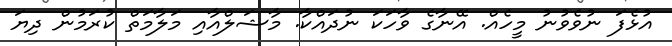
އުޅެފަ ނުވެވުނު މީހެއް. އޭނާގެ ވާހަކަ ނުދައްކާ. މާޝަލްއާއި މަލާމަތް ކުރަމުން ދިޔަ